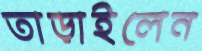
তাড়াইলেন